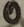
Text: 0